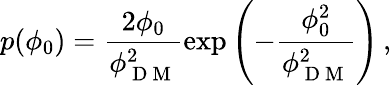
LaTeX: p(\phi_{0})=\frac{2\phi_{0}}{\phi_{\mathrm{~D~M~}}^{2}}\exp{\left(-\frac{\phi_{0}^{2}}{\phi_{\mathrm{~D~M~}}^{2}}\right)}\, ,